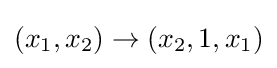
(x_{1},x_{2})\to (x_{2},1,x_{1})